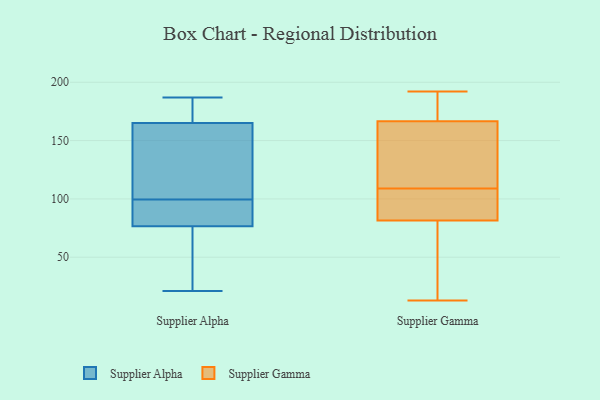
{"axis": {"x": "Active Users", "y": "Value"}, "legend": ["Supplier Alpha", "Supplier Gamma"], "data": [{"x": "", "y": 22, "type": "Supplier Alpha"}, {"x": "", "y": 73, "type": "Supplier Alpha"}, {"x": "", "y": 186, "type": "Supplier Alpha"}, {"x": "", "y": 158, "type": "Supplier Alpha"}, {"x": "", "y": 187, "type": "Supplier Alpha"}, {"x": "", "y": 21, "type": "Supplier Alpha"}, {"x": "", "y": 80, "type": "Supplier Alpha"}, {"x": "", "y": 106, "type": "Supplier Alpha"}, {"x": "", "y": 172, "type": "Supplier Alpha"}, {"x": "", "y": 127, "type": "Supplier Alpha"}, {"x": "", "y": 80, "type": "Supplier Alpha"}, {"x": "", "y": 93, "type": "Supplier Alpha"}, {"x": "", "y": 192, "type": "Supplier Gamma"}, {"x": "", "y": 19, "type": "Supplier Gamma"}, {"x": "", "y": 13, "type": "Supplier Gamma"}, {"x": "", "y": 188, "type": "Supplier Gamma"}, {"x": "", "y": 95, "type": "Supplier Gamma"}, {"x": "", "y": 177, "type": "Supplier Gamma"}, {"x": "", "y": 78, "type": "Supplier Gamma"}, {"x": "", "y": 92, "type": "Supplier Gamma"}, {"x": "", "y": 122, "type": "Supplier Gamma"}, {"x": "", "y": 135, "type": "Supplier Gamma"}, {"x": "", "y": 109, "type": "Supplier Gamma"}]}